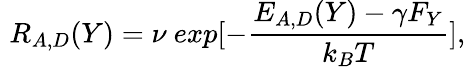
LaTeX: \, \, R_{A,D}(Y)=\nu\ exp[-\frac{E_{A,D}(Y)-\gamma F_{Y}}{k_{B}T}],